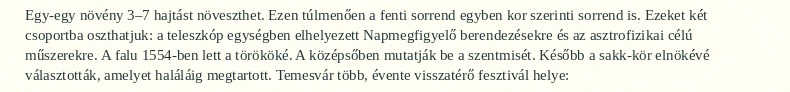
Egy-egy növény 3–7 hajtást növeszthet. Ezen túlmenően a fenti sorrend egyben kor szerinti sorrend is. Ezeket két csoportba oszthatjuk: a teleszkóp egységben elhelyezett Napmegfigyelő berendezésekre és az asztrofizikai célú műszerekre. A falu 1554-ben lett a törököké. A középsőben mutatják be a szentmisét. Később a sakk-kör elnökévé választották, amelyet haláláig megtartott. Temesvár több, évente visszatérő fesztivál helye: